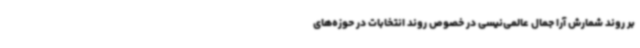
بر روند شمارش آرا جمال عالمی‌نیسی در خصوص روند انتخابات در حوزه‌های